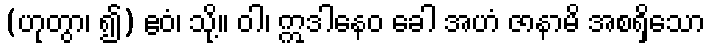
(ဟုတွာ၊ ၍) ဧဝံ၊ သို့။ ဝါ၊ ဣဒါနေဝ ခေါ အဟံ ဇာနာမိ အစရှိသော